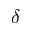
\delta